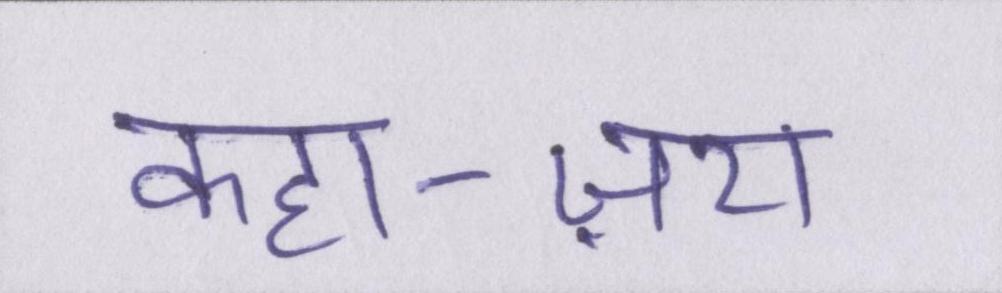
कहा-ज़रा